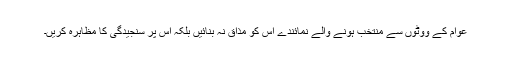
عوام کے ووٹوں سے منتخب ہونے والے نمائندے اس کو مذاق نہ بنائیں بلکہ اس پر سنجیدگی کا مظاہرہ کریں۔